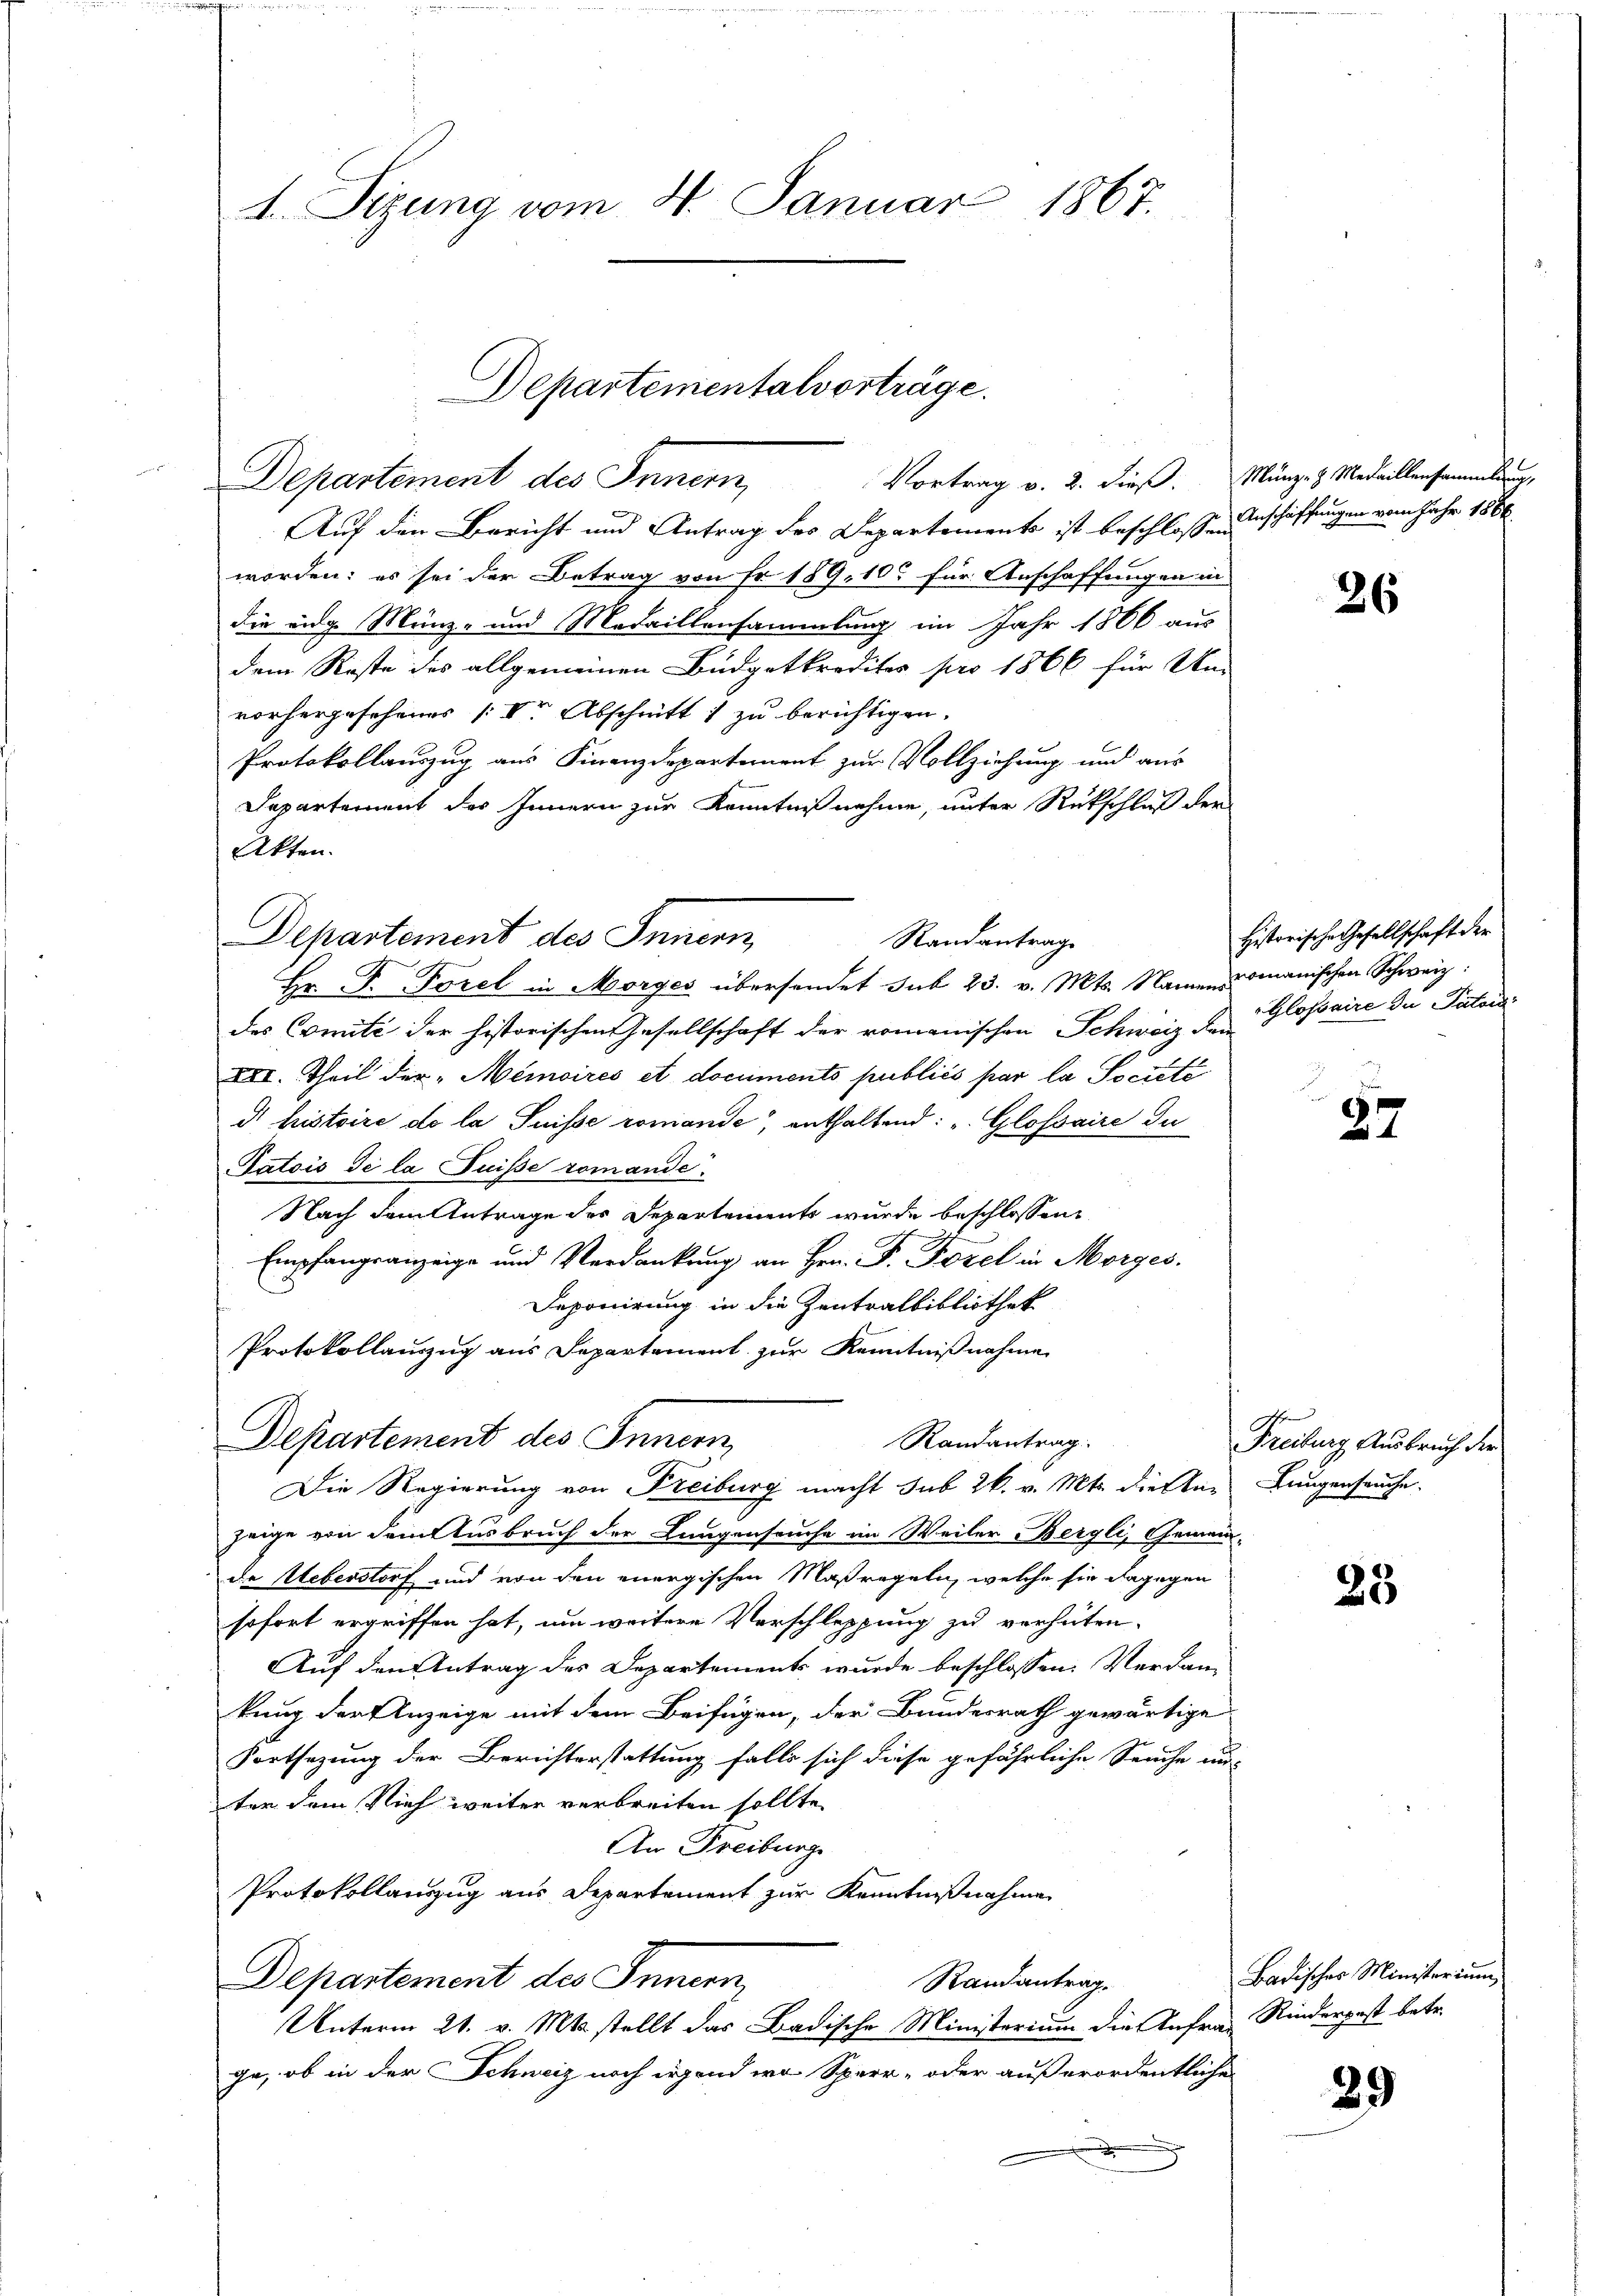
4. Sizung vom 4. Januar 1867.

Auf den Bericht und Antrag des Departements ist beschlossen Anschaffungen vom Jahr 1866
worden: es sei der Betrag von Fr. 189, 10 für Anschaffungen in
die ange Münz- und Medaillensammlung im Jahr 1866 aus
dem Koste des allgemeinen Büdgetkrediter pro 1866 für Um
vorhergesehenes Vor Abschnitt 1 zu berichtigen.
Protokollauszug aus Finanzdepartement zur Vollziehung und aus
Departement des Innern zur Kenntniß nehme, unter Rückschluß der
Akten.
Departement des Innern,
des Comité der historischen Gesellschaft der romanischen Schweiz der Glossaire du Pistand
XII. Theil der "Mémoires et documents publiés par la Société
d histoire de la Suisse romande, enthaltend: „Glossaire du
Tatois Se la Puisse romande
Nach dem Antrage des Departements wurde beschlossen
Empfangsanzeige und Verdankung an Hrn. F. Forel in Morges.
Deponirung in die Zentralbibliothek
Protokollauszug aus Separtement zur Kenntnißnahme
Departement des Innern,
Randantrag
Die Regierung von Freiburg macht sub 26. v. Mts. die Anzeige von dem Ausbruch der Lungenseuche im Weiler Bergli, Gemeinde Ueberstorf und von den energischen Maßregeln, welche sie dagegen
sofort ergriffen hat, um weitere Verschleppung zu verhüten.
Auf den Antrag des Departements wurde beschlossen: Verdan-
kung der Anzeige mit dem Beifügen, der Bundesrath gewärtige
Fortsezung der Berichterstattung falls sich diese gefährliche Seuche uns
ter dem Vieh weiter verbreiten sollte,
An Freiburge
Protokollauszug aus Departement zur Kenntnißnahme
Departement des Innern,
Randantrag.
Unterm 21. v. Mts. stellt das Badische Ministerium die Anfrage Kinderpest betr.
ge, ob in der Schweiz noch irgend wo Sperr- oder außerordentlichen

Departementalvorträge.
Departement des Innern Vortrag v. 2. dieß. Flung. 3. Medaillensamml

Randantrag
Hr. P. Torel in Morges übersendet sub 23. v. Mts. Namens

26

Historische Gesellschaft der
romanischen Schweiz:

27

Freiburg Ausbruch der
Langenseuche.

25

Badisches Ministerium

29